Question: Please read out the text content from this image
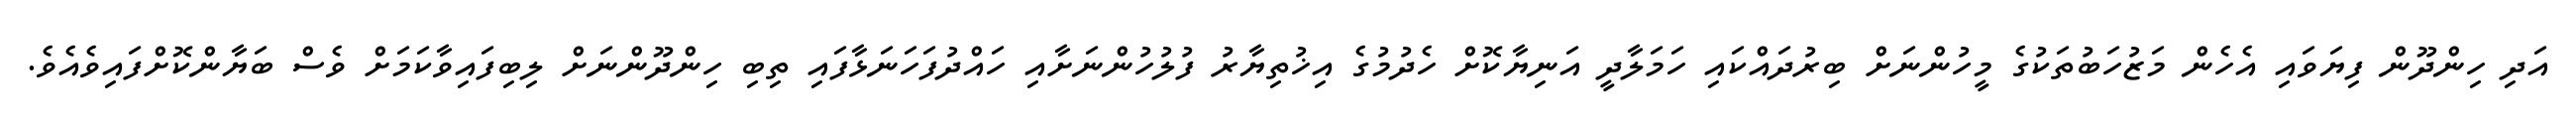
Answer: އަދި ހިންދޫން ފިޔަވައި އެހެން މަޒުހަބުތަކުގެ މީހުންނަށް ބިރުދައްކައި ހަމަލާދީ އަނިޔާކޮށް ހެދުމުގެ އިޚުތިޔާރު ފުލުހުންނަށާއި ހައްދުފަހަނަޅާފައި ތިބި ހިންދޫންނަށް ލިބިފައިވާކަމަށް ވެސް ބަޔާންކޮށްފައިވެއެވެ.